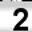
Digit: 2